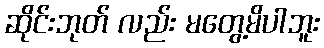
ဆိုင်းဘုတ် လည်း မတွေ့မိပါဘူး